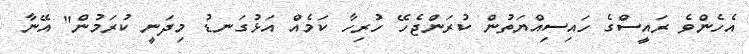
އެހެންވެ ރައީސްގެ ހައިސިއްޔަތުން ކުރަންޖެހޭ ހުރިހާ ކަމެއް އަޅުގަނޑު މިދަނީ ކުރަމުން" އޭނާ